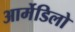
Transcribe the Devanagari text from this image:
आर्मेडिलो